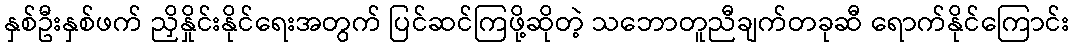
နှစ်ဦးနှစ်ဖက် ညှိနှိုင်းနိုင်ရေးအတွက် ပြင်ဆင်ကြဖို့ဆိုတဲ့ သဘောတူညီချက်တခုဆီ ရောက်နိုင်ကြောင်း